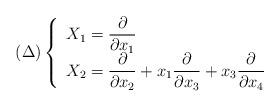
LaTeX: \begin{align*}(\Delta)\left \{\begin{array}{lcccl}$$X_1 =\displaystyle\frac{\partial}{\partial x_1}$$ \\$$X_2 =\displaystyle\frac{\partial}{\partial x_2}+x_1\frac{\partial}{\partial x_3}+x_3\frac{\partial}{\partial x_4}$$\end{array}\right.\end{align*}